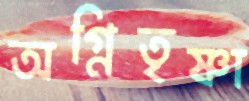
অগ্নিতৃষ্ণা